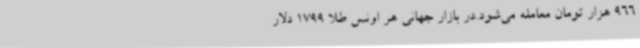
966 هزار تومان معامله می‌شود.در بازار جهانی هر اونس طلا 1799 دلار